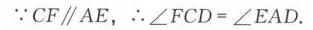
\(\because CF\parallel AE,\therefore \angle FCD = \angle EAD.\)